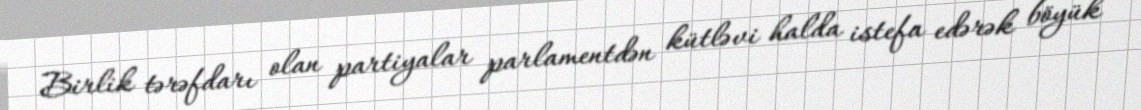
Birlik tərəfdarı olan partiyalar parlamentdən kütləvi halda istefa edərək böyük